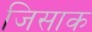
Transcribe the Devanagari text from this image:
जिसाक